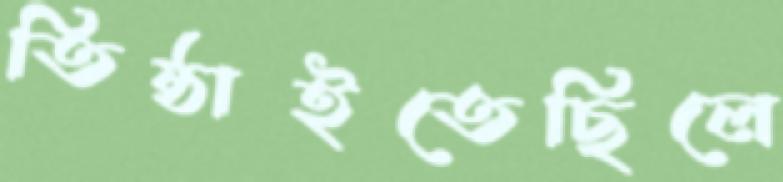
তিষ্ঠাইতেছিলে